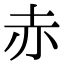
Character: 赤